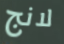
لانج